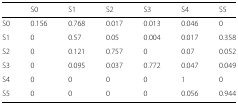
|  | S0 | S1 | S2 | S3 | S4 | S5 |
 | --- | --- | --- | --- | --- | --- | --- |
 | S0 | 0.156 | 0.768 | 0.017 | 0.013 | 0.046 | 0 |
 | S1 | 0 | 0.57 | 0.05 | 0.004 | 0.017 | 0.358 |
 | S2 | 0 | 0.121 | 0.757 | 0 | 0.07 | 0.052 |
 | S3 | 0 | 0.095 | 0.037 | 0.772 | 0.047 | 0.049 |
 | S4 | 0 | 0 | 0 | 0 | 1 | 0 |
 | S5 | 0 | 0 | 0 | 0 | 0.056 | 0.944 |